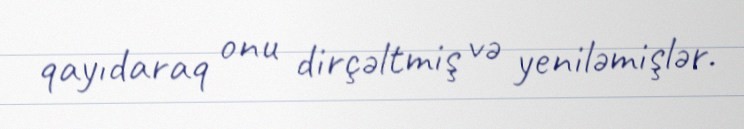
qayıdaraq onu dirçəltmiş və yeniləmişlər.